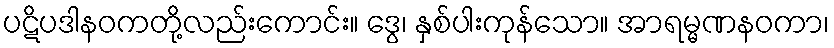
ပဋိပဒါနဝကတို့လည်းကောင်း။ ဒွေ၊ နှစ်ပါးကုန်သော။ အာရမ္မဏနဝကာ၊